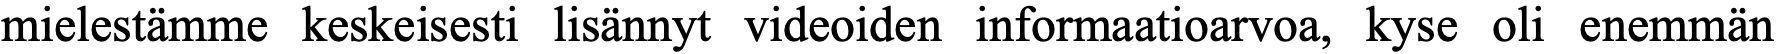
mielestämme keskeisesti lisännyt videoiden informaatioarvoa, kyse oli enemmän